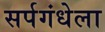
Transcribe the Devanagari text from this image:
सर्पगंधेला